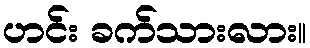
ဟင်း ခက်သားလား။